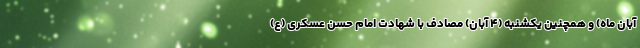
آبان ماه) و همچنین یکشنبه (۴ آبان) مصادف با شهادت امام حسن عسکری (ع)